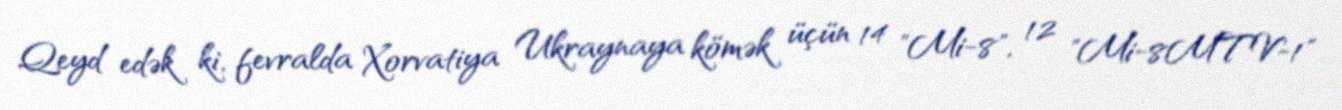
Qeyd edək ki, fevralda Xorvatiya Ukraynaya kömək üçün 14 "Mi-8", 12 "Mi-8MTV-1"